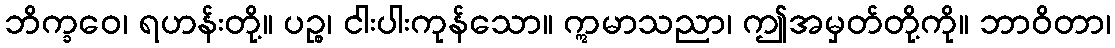
ဘိက္ခဝေ၊ ရဟန်းတို့။ ပဉ္စ၊ ငါးပါးကုန်သော။ ဣမာသညာ၊ ဤအမှတ်တို့ကို။ ဘာဝိတာ၊